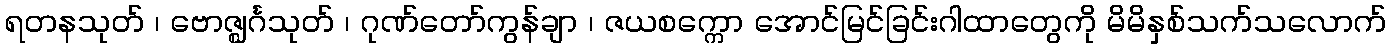
ရတနသုတ် ၊ ဗောဇ္ဈင်္ဂသုတ် ၊ ဂုဏ်တော်ကွန်ချာ ၊ ဇယစက္ကော အောင်မြင်ခြင်းဂါထာတွေကို မိမိနှစ်သက်သလောက်